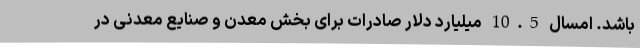
باشد. امسال 10.5 میلیارد دلار صادرات برای بخش معدن و صنایع معدنی در